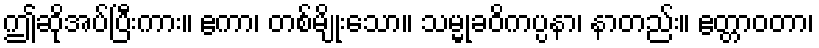
ဤဆိုအပ်ပြီးကား။ ဧကာ၊ တစ်မျိုးသော။ သမ္မုခဝိကပ္ပနာ၊ နာတည်း။ ဧတ္တာဝတာ၊